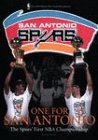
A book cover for The Official 1999 NBA Finals Retrospective: One for San Antonio; Nba; Sports & Outdoors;